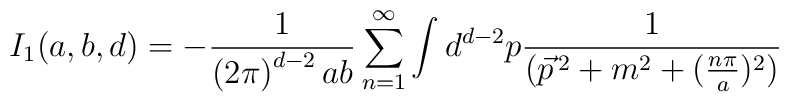
I_{1}(a,b,d)=-\frac{1}{\left( 2\pi \right) ^{d-2}ab}\sum_{n=1}^{\infty }\int d^{d-2}p\frac{1}{(\vec{p}^{\,2}+m^{2}+(\frac{n\pi }{a})^{2})}